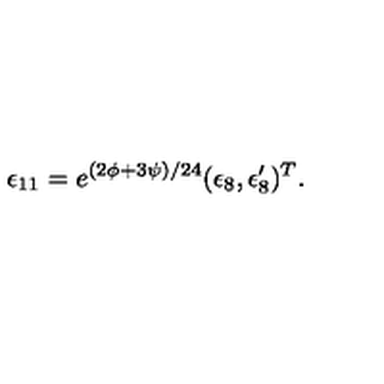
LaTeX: \epsilon _ { 1 1 } = e ^ { ( 2 \phi + 3 \psi ) / 2 4 } ( \epsilon _ { 8 } , \epsilon _ { 8 } ^ { \prime } ) ^ { T } .